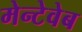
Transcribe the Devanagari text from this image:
मेन्टेवेब